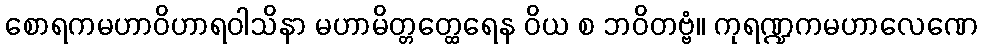
စောရကမဟာဝိဟာရဝါသိနာ မဟာမိတ္တတ္ထေရေန ဝိယ စ ဘဝိတဗ္ဗံ။ ကုရဏ္ဍကမဟာလေဏေ